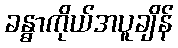
ခန္ဓာကိုယ်အပူချိန်